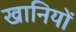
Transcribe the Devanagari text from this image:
खानियों